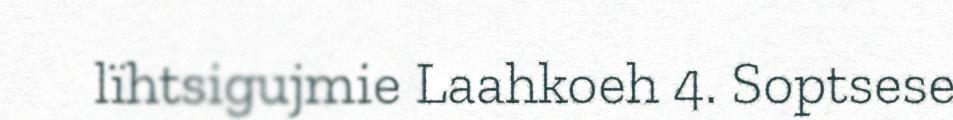
lïhtsigujmie Laahkoeh 4. Soptsese